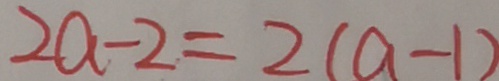
2 a - 2 = 2 ( a - 1 )